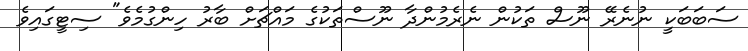
ސަބަބަކީ ނުނެރޭ ނޫސް ތަކުން ނެރެމުންދާ ނޫސްތަކުގެ މައްޗަށް ބާރު ހިންގުމެވެ" ސިޓީގައިވެ